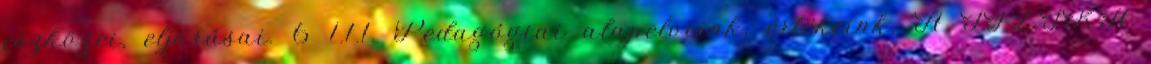
eszközei, eljárásai. 6 1.1.1. Pedagógiai alapelveink, értékeink, A FIZIKA